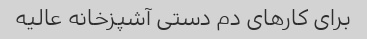
برای کارهای دم دستی آشپزخانه عالیه